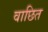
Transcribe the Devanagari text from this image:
वाछित